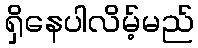
ရှိနေပါလိမ့်မည်